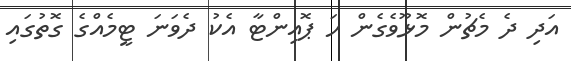
އަދި ދެ މެޗުން މޮޅޫވެގެން ހަ ޕޮއިންޓާ އެކު ދެވަނަ ޓީމެއްގެ ގޮތުގައި